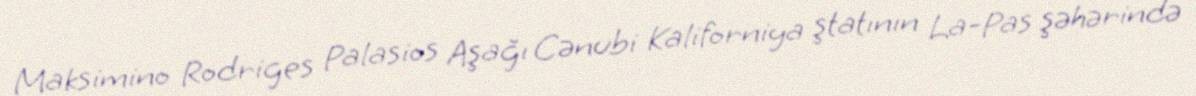
Maksimino Rodriges Palasios Aşağı Cənubi Kaliforniya ştatının La-Pas şəhərində